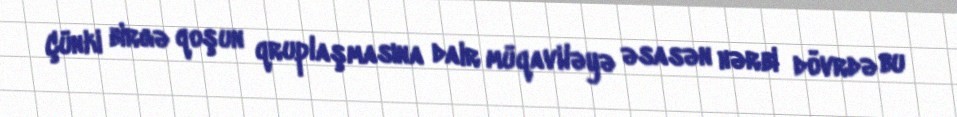
Çünki birgə qoşun qruplaşmasına dair müqaviləyə əsasən hərbi dövrdə bu